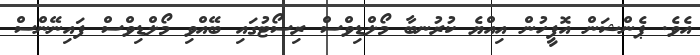
އެވެ. ޕެންޝަން އޮފީހުން އިއްޔެ ކުރުނބާ މޯލްޑިވްސް ރިސޯޓުގައި ބޭއްވި މޯލްޑިވްސް ފައިނޭންސް